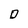
Character: D